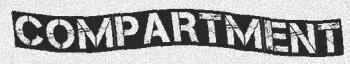
COMPARTMENT